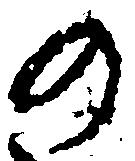
の